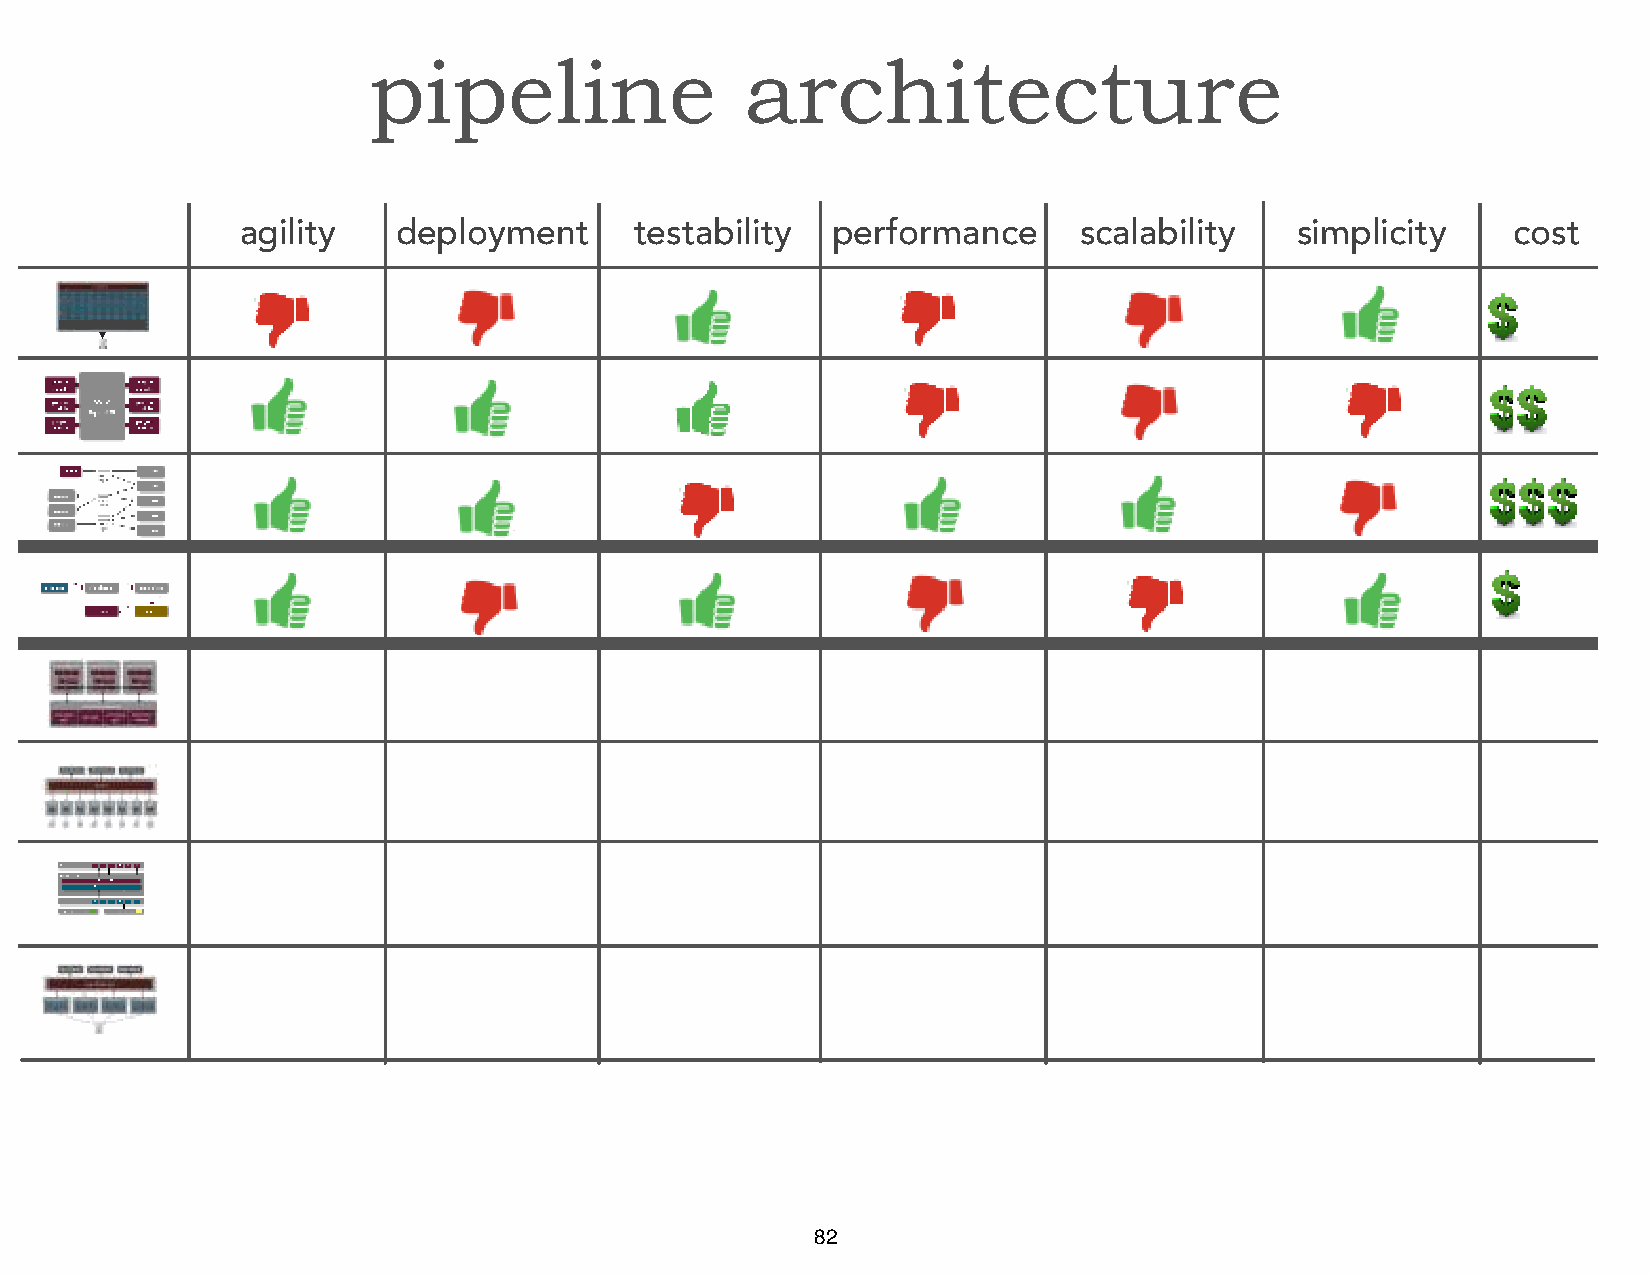
pipeline                 architecture
 agility   deployment      testabilit y performance     scalability    simplic ity   cost
 82